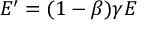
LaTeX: E ^ { \prime } = ( 1 - \beta ) \gamma E